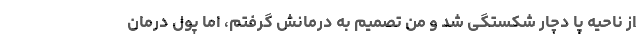
از ناحیه پا دچار شکستگی شد و من تصمیم به درمانش گرفتم، اما پول درمان